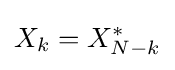
X_{k}=X_{N-k}^{*}